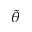
\tilde { \theta }